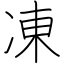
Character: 凍